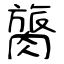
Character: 膐